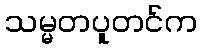
သမ္မတပူတင်က